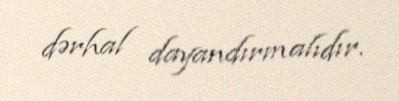
dərhal dayandırmalıdır.